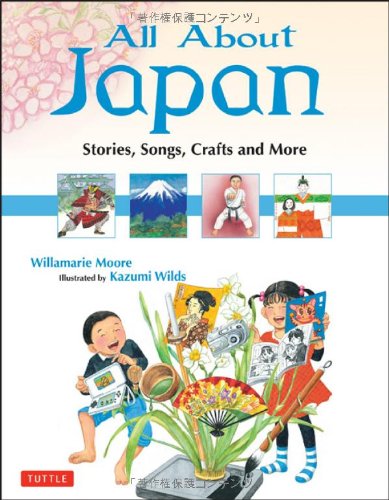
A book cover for All About Japan: Stories, Songs, Crafts and More; Willamarie Moore; Children's Books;